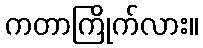
ကတာကြိုက်လား။